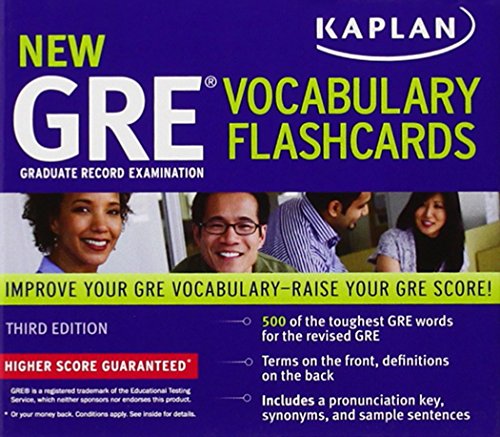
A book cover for Kaplan New GRE Vocabulary Flashcards; Kaplan; Test Preparation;